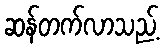
ဆန်တက်လာသည့်